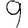
Digit: 9